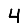
Digit: 4